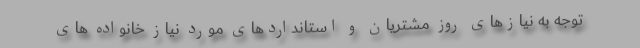
توجه به نیازهای روز مشتریان و استانداردهای مورد نیاز خانواده های